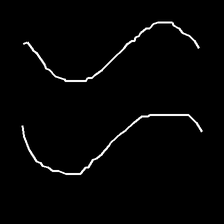
Glyph: float